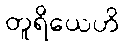
တူရိယေဟိ